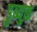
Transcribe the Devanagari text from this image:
डुब्युक